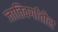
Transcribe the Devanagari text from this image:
जातिवर्गातील